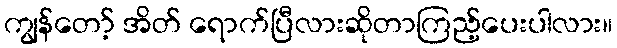
ကျွန်တော့် အိတ် ရောက်ပြီလားဆိုတာကြည့်ပေးပါလား။